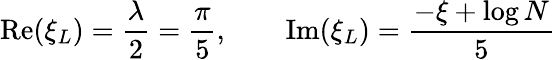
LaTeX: \textrm{Re}(\xi_{L})={\frac{\lambda}{2}}={\frac{\pi}{5}},\qquad\textrm{Im}(\xi_{L})=\frac{-\xi+\log N}{5}